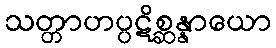
သတ္တာဟပ္ပဋိစ္ဆန္နာယော